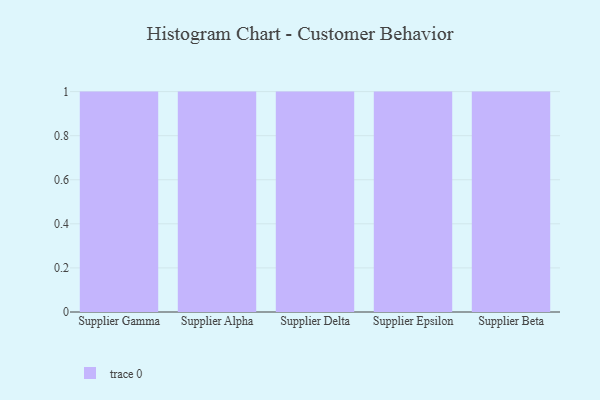
{"axis": {"x": "Supplier", "y": "Churn Rate (%)"}, "legend": [""], "data": [{"x": "Supplier Gamma", "y": 39, "type": ""}, {"x": "Supplier Alpha", "y": 17, "type": ""}, {"x": "Supplier Delta", "y": 84, "type": ""}, {"x": "Supplier Epsilon", "y": 57, "type": ""}, {"x": "Supplier Beta", "y": 10, "type": ""}]}